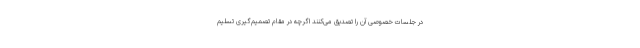
در جلسات خصوصی آن را تصدیق می‌کنند اگرچه در مقام تصمیم‌گیری تسلیم